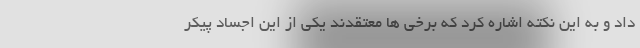
داد و به این نکته اشاره کرد که برخی ها معتقدند یکی از این اجساد پیکر